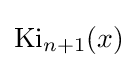
\operatorname {Ki} _{n+1}(x)